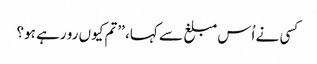
کسی نے اُس مبلغ سے کہا، ’’تم کیوں رو رہے ہو؟